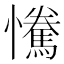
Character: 𢥂